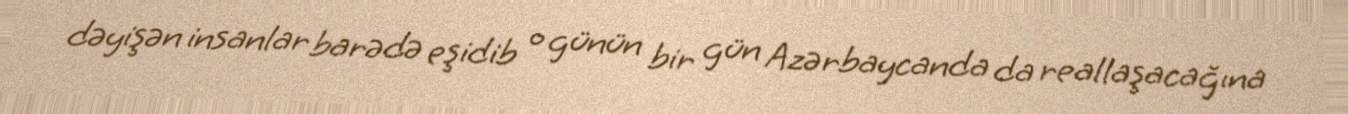
dəyişən insanlar barədə eşidib o günün bir gün Azərbaycanda da reallaşacağına